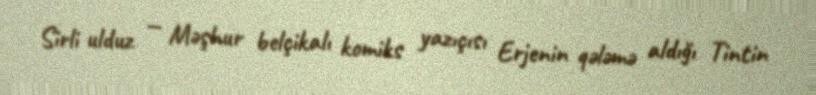
Sirli ulduz — Məşhur belçikalı komiks yazıçısı Erjenin qələmə aldığı Tintin